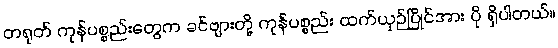
တရုတ် ကုန်ပစ္စည်းတွေက ခင်ဗျားတို့ ကုန်ပစ္စည်း ထက်ယှဉ်ပြိုင်အား ပို ရှိပါတယ်။